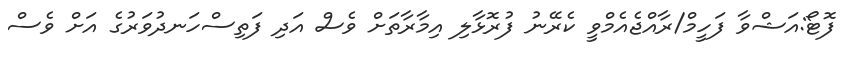
ފޮޓޯ:އަޝްވާ ފަހީމް/ރާއްޖެއެމްވީ ކެރޭނު ފުރޮޅާލި އިމާރާތަށް ވެސް އަދި ފަތިސްހަނދުވަރުގެ އަށް ވެސް